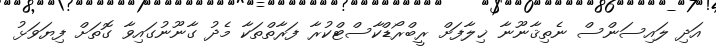
އަދި ލައިސަންސް ނެތިޤާނޫނާ ޚިލާފަށް ރީބްރޯޑްކާސްޓްކުރާ ފަރާތްތަކާ މެދު ގާނޫނުގައިވާ ގޮތަށް ފިޔަވަޅު